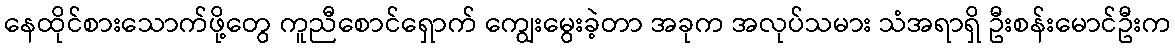
နေထိုင်စားသောက်ဖို့တွေ ကူညီစောင်ရှောက် ကျွေးမွေးခဲ့တာ အခုက အလုပ်သမား သံအရာရှိ ဦးစန်းမောင်ဦးက